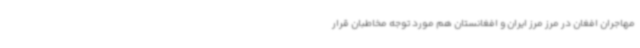
مهاجران افغان در مرز مرز ایران و افغانستان هم مورد توجه مخاطبان قرار